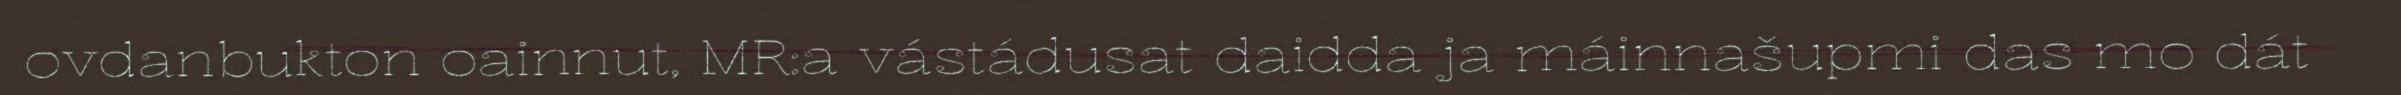
ovdanbukton oainnut, MR:a vástádusat daidda ja máinnašupmi das mo dát